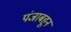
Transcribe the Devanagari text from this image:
पंजाबहून